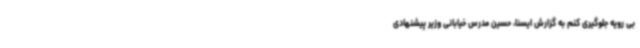
بی رویه جلوگیری کنم به گزارش ایسنا، حسین مدرس خیابانی وزیر پیشنهادی